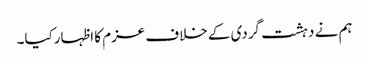
ہم نے دہشت گردی کے خلاف عزم کا اظہارکیا۔